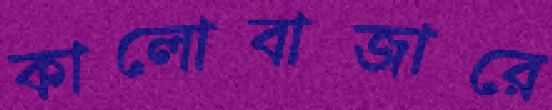
কালোবাজারে